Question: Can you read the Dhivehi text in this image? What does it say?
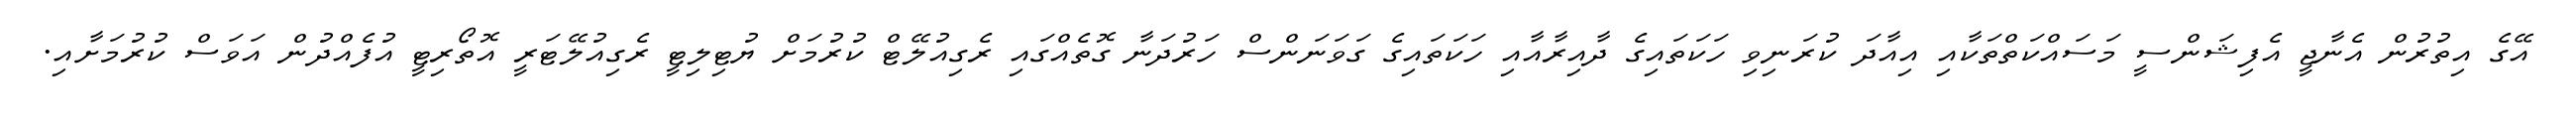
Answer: އޭގެ އިތުރުން އެނާޖީ އެފިޝަންސީ މަސައްކަތްތަކާއި އިއާދަ ކުރަނިވި ހަކަތައިގެ ދާއިރާއާއި ހަކަތައިގެ ގަވަނަންސް ހަރުދަނާ ގޮތެއްގައި ރެގިއުލޭޓް ކުރުމަށް ޔުޓިލިޓީ ރެގިއުލޭޓަރީ އޮތޯރިޓީ އުފެއްދުން އަވަސް ކުރުމަށާއި.